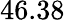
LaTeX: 46.38